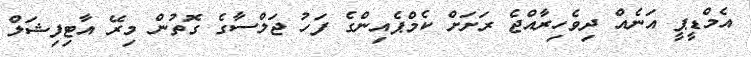
އެމްޑީޕީ އަނެއް ދިވެހިރާއްޖެ ރަށަށް ކެމްޕެއިންގެ ފަހު ޖަލްސާގެ ގޮތުން މިރޭ އާޓިފިޝަލް